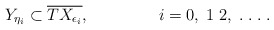
\begin{align*}Y_{\eta_{i}} \subset \overline{ T X_{\epsilon_{i}}}, \;\;\;\;\;\;\;\;\;\;\;\;\;\;\; i=0,\;1\;2,\;.\;.\;.\;.\end{align*}